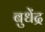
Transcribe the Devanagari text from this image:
बुधेंद्र